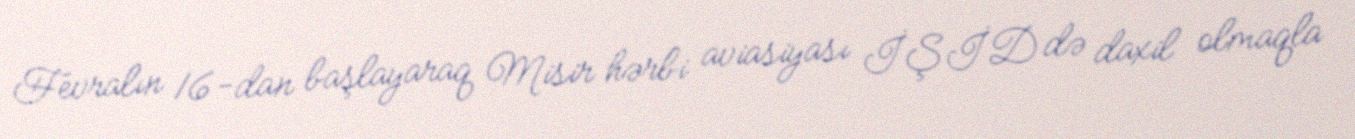
Fevralın 16-dan başlayaraq Misir hərbi aviasiyası İŞİD də daxil olmaqla